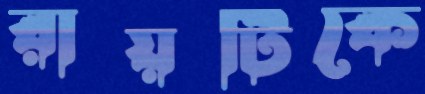
রায়টিকে